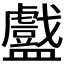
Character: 𬑁